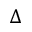
\Delta